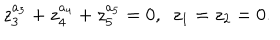
z _ { 3 } ^ { a _ { 3 } } + z _ { 4 } ^ { a _ { 4 } } + z _ { 5 } ^ { a _ { 5 } } = 0 , \ \ z _ { 1 } = z _ { 2 } = 0 .